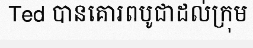
Ted បានគោរពបូជាដល់ក្រុម